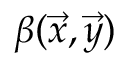
\beta ( \vec { x } , \vec { y } )